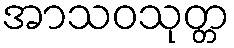
အာသဝသုတ္တ